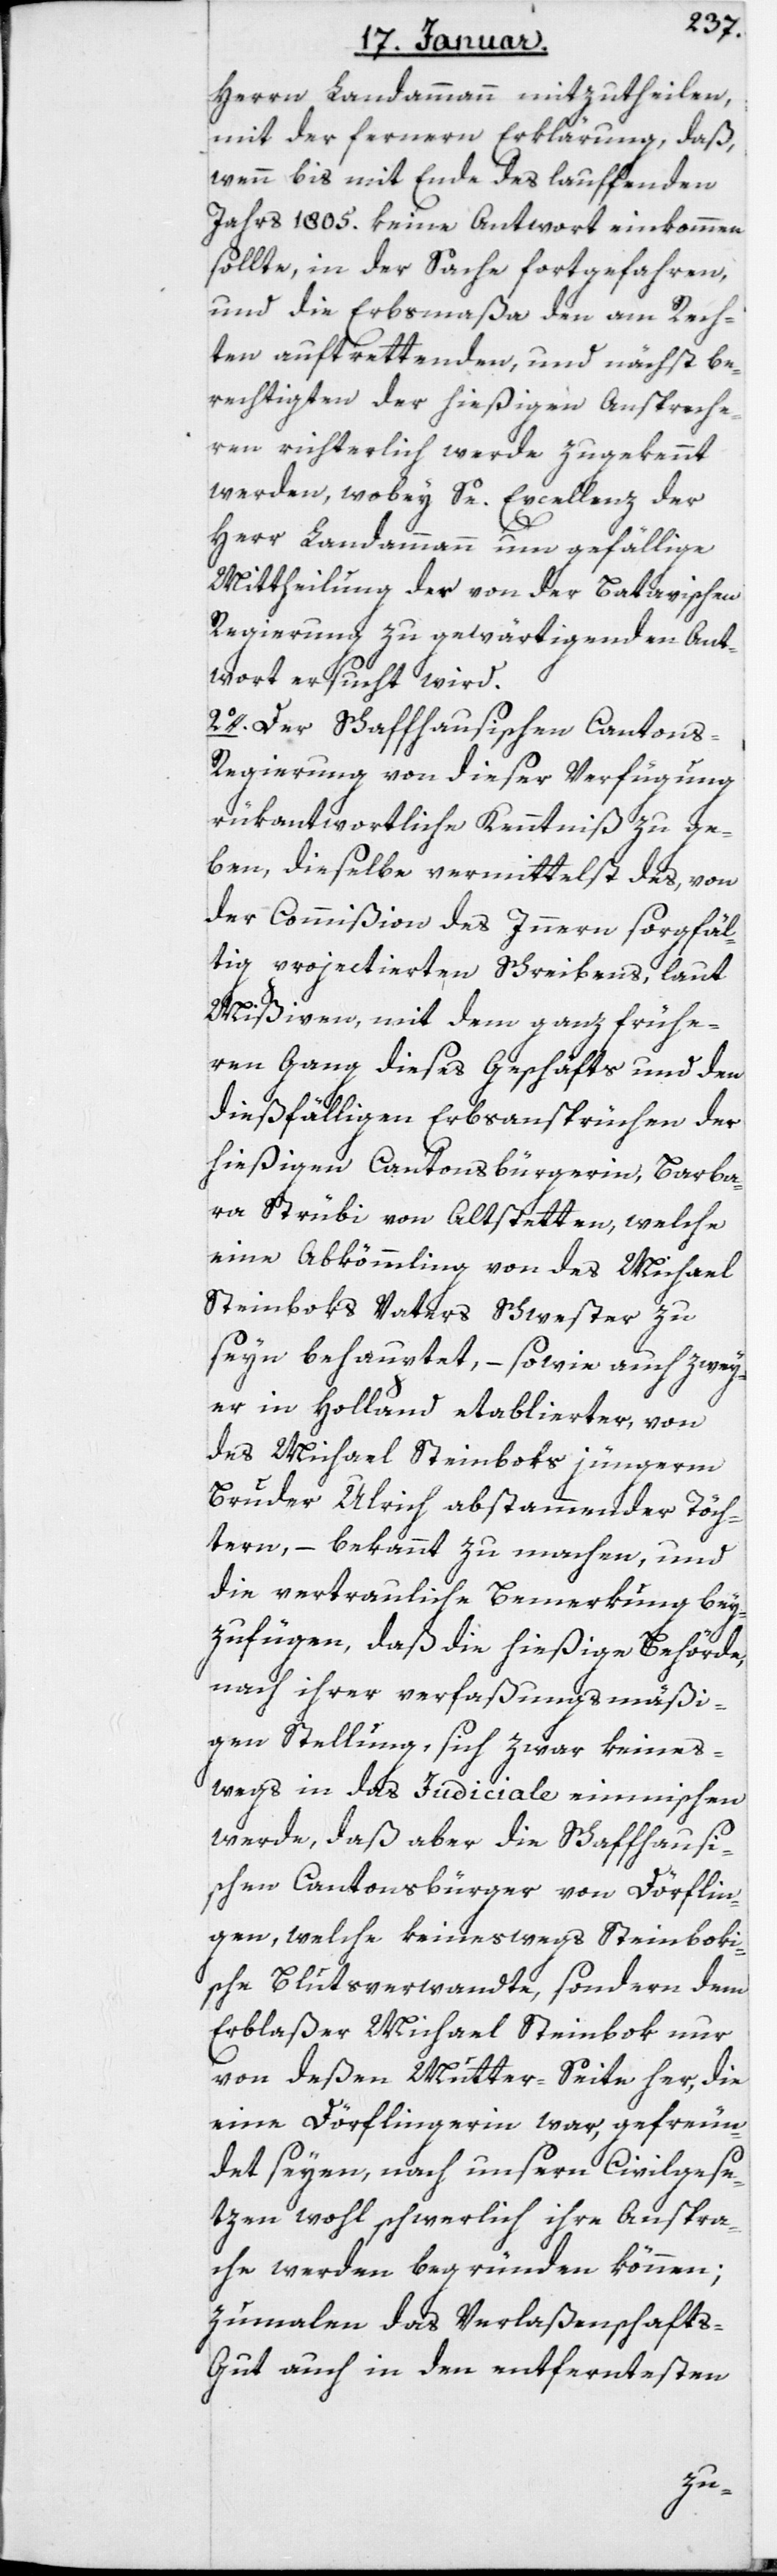
Herrn Landammann mitzutheilen,
mit der ferneren Erklärung, daß,
wenn bis mit Ende des lauffenden
Jahrs 1805 keine Antwort einkommen
sollte, in der Sache fortgefahren,
und die Erbsmaßa den am Rech¬
ten auftrettenden, und nächst Be¬
rechtigten der hießigen Anspreche¬
ren richterlich werde zugekennt
werden, wobey Se Excellenz der
Herr Landammann um gefällige
Mittheilung der von der Batavischen
Regierung zu gewärtigenden Ant¬
wort ersucht wird.
2. Der Schaffhausischen Canton¬
s-Regierung von dieser Verfügung
rükantwortliche Kenntniß zu ge¬
ben, dieselbe vermittelst des, von
der Commißion des Innern sorgfäl¬
tig projectierten Schreibens, laut
Mißiven, mit dem ganz frühe¬
ren Gang dieses Geschäfts und den
dießfälligen Erbsansprüchen der
hießigen Cantonsbürgerin, Barba¬
ra Strübi von Altstetten, welche
eine Abkömmling von des Michael
Steinboks Vaters Schwester zu
seyn behauptet, – sowie auch zwey¬
er in Holland etablierter, von
des Michael Steinboks jüngerm
Bruder Ulrich abstammender Töch¬
tern, – bekannt zu machen, und
die vertrauliche Bemerkung bey¬
zufügen, daß die hießige Behörde,
nach ihrer verfaßungsmäßi¬
gen Stellung sich zwar keines¬
wegs in das Judiciale einmischen
werde, daß aber die Schaffhausi¬
schen Cantonsbürger von Dörflin¬
gen, welche keineswegs Steinboki¬
sche Blutsverwandte, sondern dem
Erblaßer Michael Steinbok nur
von deßen Mutter-Seite her, die
eine Dörflingerin war, gefreun¬
det seyen, nach unsern Civilgese¬
tzen wohl schwerlich ihre Anspra¬
che werden begründen können;
zumalen das Verlaßenschafts-G¬
ut auch in den entferntesten